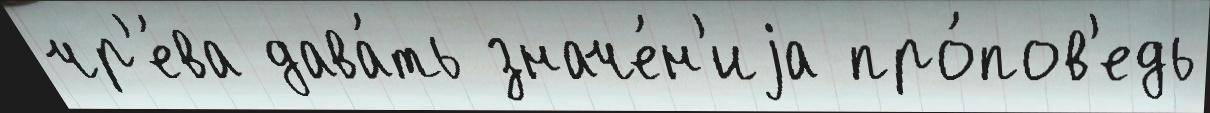
чр'е́ва дава́ть значе́н'иjа про́пов'едь